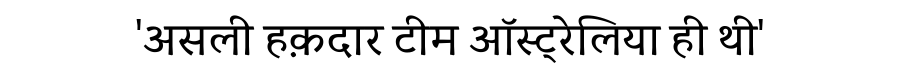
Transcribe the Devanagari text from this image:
'असली हक़दार टीम ऑस्ट्रेलिया ही थी'